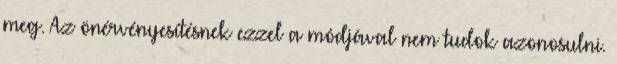
meg. Az önérvényesítésnek ezzel a módjával nem tudok azonosulni.